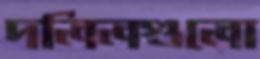
দলিলগুলো